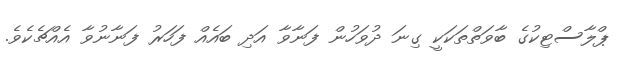
ޕްލާސްޓިކުގެ ބާވަތްތަކަކީ ގިނަ ދުވަހުން ފަނާވާ އަދި ބައެއް ފަހަރު ފަނާނުވާ އެއްޗެކެވެ.